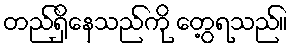
တည်ရှိနေသည်ကို တွေ့ရသည်။